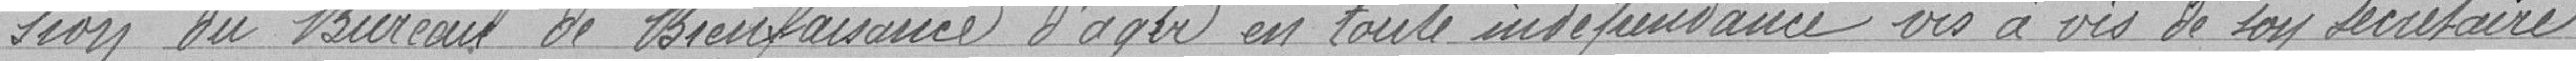
sion du Bureau de Bienfaisance d'agir en toute indépendance vis à vis de son secrétaire.